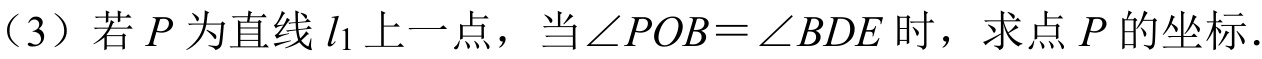
（3）若\(P\)为直线\(l_{1}\)上一点，当\(\angle POB=\angle BDE\)时，求点\(P\)的坐标.